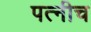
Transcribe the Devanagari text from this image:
पत्नीच